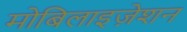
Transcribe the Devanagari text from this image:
मोबिलाइज़ेशन